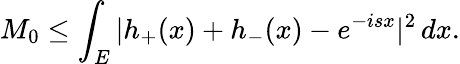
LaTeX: M_{0}\leq\int_{E}|h_{+}(x)+h_{-}(x)-e^{-isx}|^{2}\, dx.